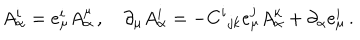
LaTeX: A _ { \alpha } ^ { i } = e _ { \mu } ^ { i } A _ { \alpha } ^ { \mu } \, , \quad \partial _ { \mu } A _ { \alpha } ^ { i } = - C ^ { i } { } _ { j k } e _ { \mu } ^ { j } A _ { \alpha } ^ { k } + \partial _ { \alpha } e _ { \mu } ^ { i } \, .